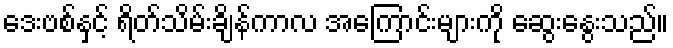
ဒေးဗစ်နှင့် ရိတ်သိမ်းချိန်ကာလ အကြောင်းများကို ဆွေးနွေးသည်။